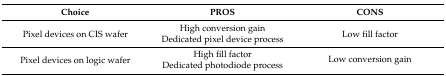
<table><thead><tr><td><b>Choice</b></td><td><b>PROS</b></td><td><b>CONS</b></td></tr></thead><tbody><tr><td rowspan="2">Pixel devices on CIS wafer</td><td>High conversion gain</td><td rowspan="2">Low fill factor</td></tr><tr><td>Dedicated pixel device process</td></tr><tr><td rowspan="2">Pixel devices on logic wafer</td><td>High fill factor</td><td rowspan="2">Low conversion gain</td></tr><tr><td>Dedicated photodiode process</td></tr></tbody></table>